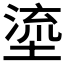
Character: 𡏬